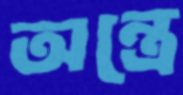
অন্ত্রে